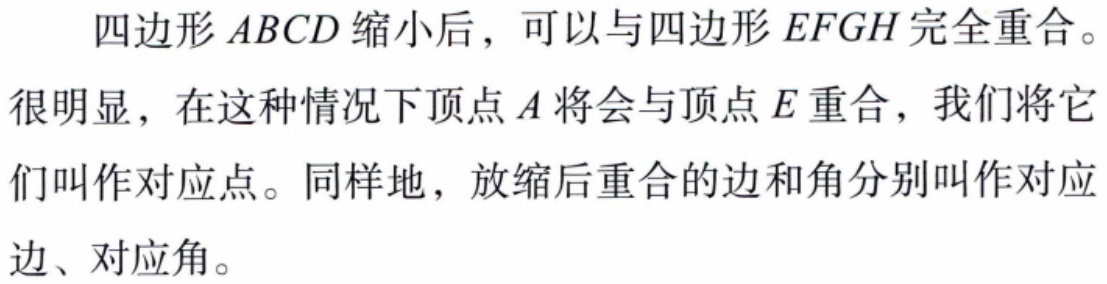
四边形 \(ABCD\) 缩小后，可以与四边形 \(EFGH\) 完全重合。

很明显，在这种情况下顶点 \(A\) 将会与顶点 \(E\) 重合，我们将它们叫作对应点。同样地，放缩后重合的边和角分别叫作对应边、对应角。